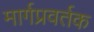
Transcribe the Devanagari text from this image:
मार्गप्रवर्तक